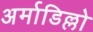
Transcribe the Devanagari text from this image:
अर्माडिल्लो